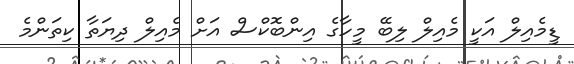
ޑީމެއިލް އަކީ މެއިލް ލިބޭ މީހާގެ އިންބޮކްސް އަށް މެއިލް ދިޔަތާ ކިތަންމެ